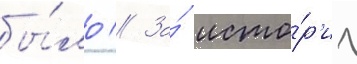
бы́ло // За́ исто́р'иу